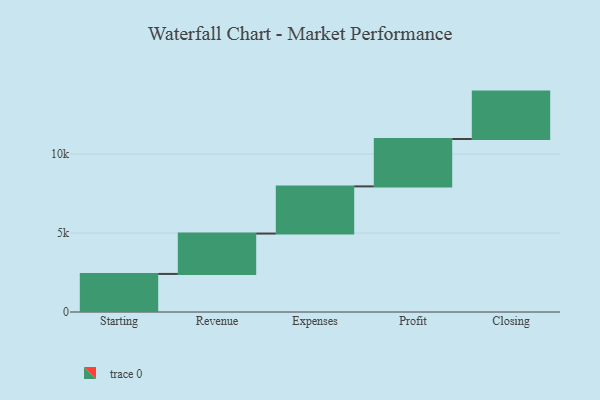
{"axis": {"x": "Step", "y": "Value"}, "legend": [""], "data": [{"x": "Starting", "y": 2410.0, "type": ""}, {"x": "Revenue", "y": 2555.0, "type": ""}, {"x": "Expenses", "y": 2988.0, "type": ""}, {"x": "Profit", "y": 3000, "type": ""}, {"x": "Closing", "y": 3000, "type": ""}]}